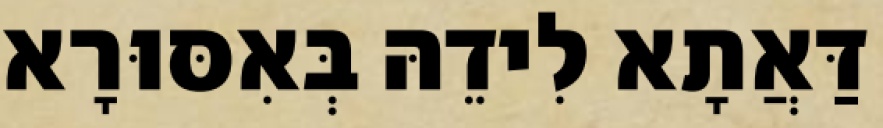
דַּאֲתָא לִידֵהּ בְּאִסּוּרָא